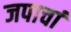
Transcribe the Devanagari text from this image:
जपाचां